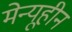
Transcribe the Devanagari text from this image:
मेन्यूहीन